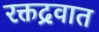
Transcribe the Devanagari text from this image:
रक्तद्रवात